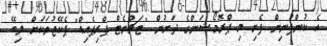
އެ ކުންފުނިން ފެށި މި ޕްރޮމޯޝަންގެ ދަށުން "ޓަޗްނެޓް ޕްރިޕެއިޑް" ޕެކޭޖުތަކަށް ލިބޭ